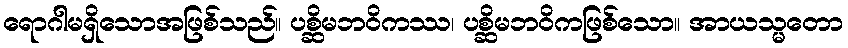
ရောဂါမရှိသောအဖြစ်သည်။ ပစ္ဆိမဘဝိကဿ၊ ပစ္ဆိမဘဝိကဖြစ်သော။ အာယသ္မတော